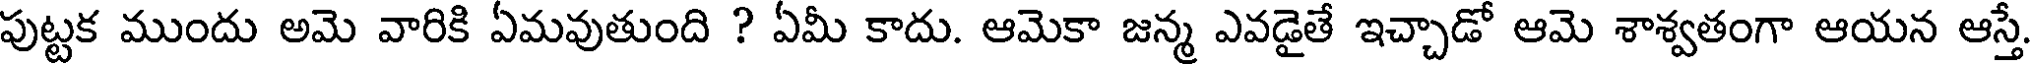
పుట్టక ముందు అమె వారికి ఏమవుతుంది ? ఏమీ కాదు. ఆమెకా జన్మ ఎవడైతే ఇచ్చాడో ఆమె శాశ్వతంగా ఆయన ఆస్తే